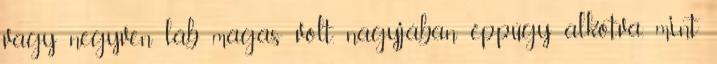
vagy negyven láb magas volt, nagyjában éppúgy alkotva, mint